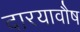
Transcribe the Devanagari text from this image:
दारयावौष